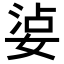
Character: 𡝫